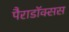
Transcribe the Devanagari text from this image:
पैराडॉक्सस